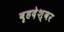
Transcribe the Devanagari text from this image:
बॄहदेश्वर